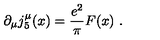
\partial _ { \mu } j _ { 5 } ^ { \mu } ( x ) = \frac { e ^ { 2 } } { \pi } F ( x ) \ .